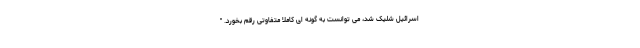
اسرائیل شلیک شد، می توانست به گونه ای کاملاً متفاوتی رقم بخورد. "